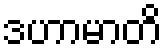
ဒဟာမာတိ